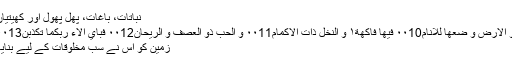
نباتات، باغات، پھل پھول اور کھیتیاں
وَ الْاَرْضَ وَ ضَعَهَا لِلْاَنَامِۙ۰۰10 فِيْهَا فَاكِهَةٌ١۪ۙ وَّ النَّخْلُ ذَاتُ الْاَكْمَامِۖ۰۰11 وَ الْحَبُّ ذُو الْعَصْفِ وَ الرَّيْحَانُۚ۰۰12 فَبِاَيِّ اٰلَآءِ رَبِّكُمَا تُكَذِّبٰنِ۰۰13
زمین کو اس نے سب مخلوقات کے لیے بنایا۔